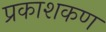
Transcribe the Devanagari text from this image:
प्रकाशकण